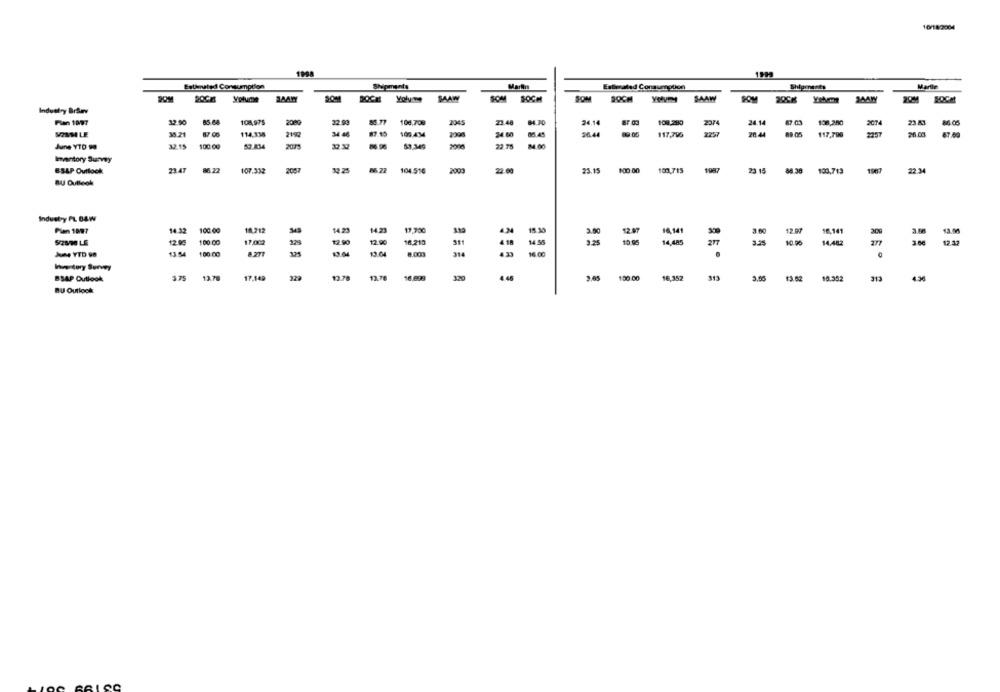
10/182004
Exteruted Consumption
Shipments
Martin
Estimated Consumption
Shipments
Martle
TAAW
DOCH
SOM
SOCH
SOM
YOV SAAW
SOM
Industry BrSav
Plan 1897
12 90
108,975
200
22.03
104,708
2045
23.48
24.14
ar os
108.280
2374
24.14
108,200
2074
23.41
114.334
34 46
#7.15
34.60
SINN LE
35.21
87.00
104.434
2008
96.44
117.795
2257
20.44
89 05
117,700
2257
26.03
87.60
32 15
100.00
53.834
23 75
June YTD 90
Inventory Survey
ESLP Outlook
21.47
ML22
107.332
622
104.516
2003
23.15
100.00
100,715
23 15
88.30
100,713
BU Outlook
Industry PL B&W
14.32
100 00
18,212
14.23
Plan 1097
14.23
17.700
12.0
10,141
308
3.50
13.00
5/2500 LE
12.95
100 00
17,00
329
12.90
311
14,482
3.60
12.12
1200
16.219
14.35
10.95
14,485
- YTD 98
11.54
100.00
8.271
10:04
8.00
314
12.78
17,149
322
13.78
16.898
4.45
313
2.05
BSAP Outlook
3.65
150.00
16,352
13.62
15.352
313
4.36
BU Outlook